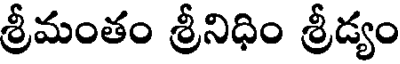
శ్రీమంతం శ్రీనిధిం శ్రీడ్యం